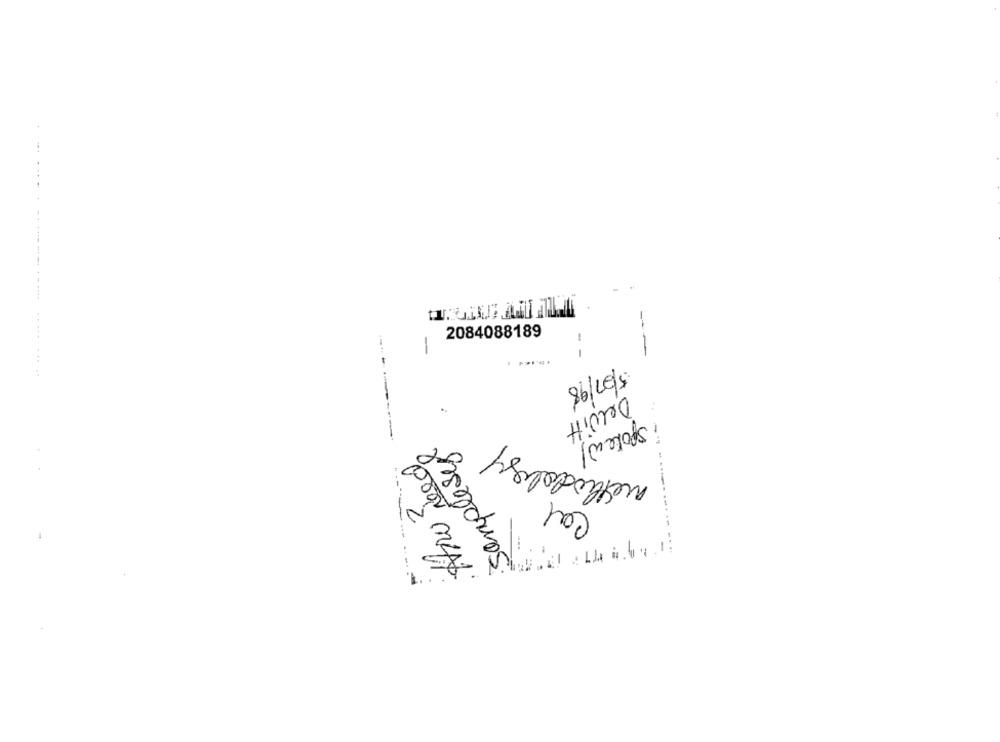
2084088189
-
-
-
..........
----
5/07/98
Dewitt
Samplesel
methodology
i spoke w!
Cal
Ano